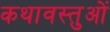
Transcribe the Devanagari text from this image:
कथावस्तुओं